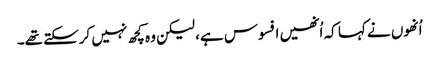
اُنھوں نے کہا کہ اُنھیں افسوس ہے، لیکن وہ کچھ نہیں کرسکتے تھے۔